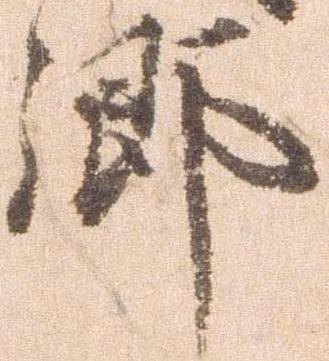
郷